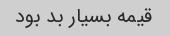
قیمه بسیار بد بود